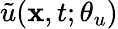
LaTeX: \tilde{u}(\textbf{x},t;\theta_{u})